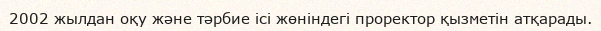
2002 жылдан оқу және тәрбие ісі жөніндегі проректор қызметін атқарады.